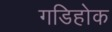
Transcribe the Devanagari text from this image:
गडिहोक